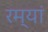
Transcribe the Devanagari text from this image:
रम्यां